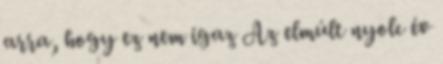
arra, hogy ez nem igaz Az elmúlt nyolc év